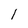
Character: 1